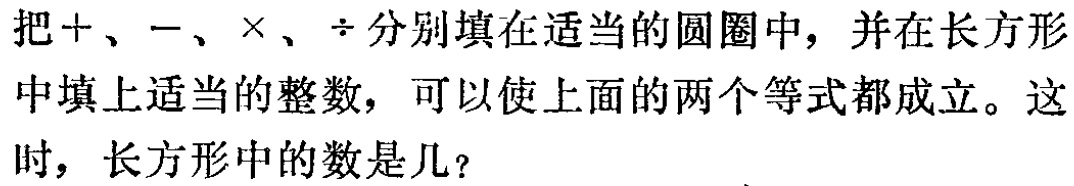
把+、-、×、÷分别填在适当的圆圈中，并在长方形中填上适当的整数，可以使上面的两个等式都成立。这时，长方形中的数是几？